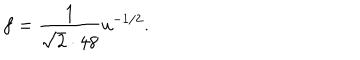
f = { \frac { 1 } { \sqrt 2 \cdot 4 8 } } u ^ { - 1 / 2 } .